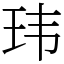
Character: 玮